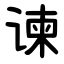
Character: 谏